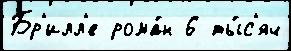
Бр'илл'е рома́н 6 ты́с'яч